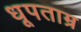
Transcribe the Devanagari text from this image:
धूपताम्र